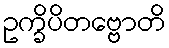
ဥက္ခိပိတဗ္ဗောတိ